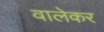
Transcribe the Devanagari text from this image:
वालेकर